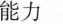
能力